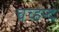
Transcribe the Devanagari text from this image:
चच्हन्द